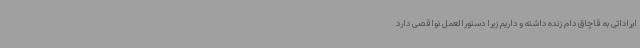
ایراداتی به قاچاق دام زنده داشته و داریم زیرا دستورالعمل نواقصی دارد